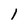
Character: 1